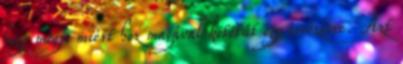
hogy mégis miért hoz magával kötőtűt egy sörözésre. Azt